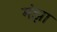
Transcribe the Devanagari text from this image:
मंझा